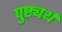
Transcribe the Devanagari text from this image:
पुष्ट्यर्थ